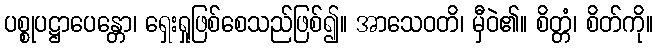
ပစ္စုပဋ္ဌာပေန္တော၊ ရှေးရှုဖြစ်စေသည်ဖြစ်၍။ အာသေဝတိ၊ မှီဝဲ၏။ စိတ္တံ၊ စိတ်ကို။